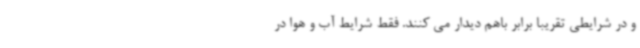
و در شرایطی تقریبا برابر باهم دیدار می کنند. فقط شرایط آب و هوا در